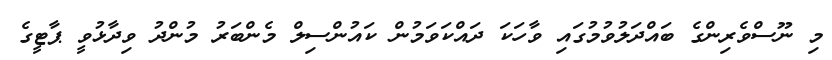
މި ނޫސްވެރިންގެ ބައްދަލުވުމުގައި ވާހަކަ ދައްކަވަމުން ކައުންސިލް މެންބަރު މުންދު ވިދާޅުވީ ޕާޓީގެ